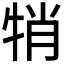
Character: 𤙜